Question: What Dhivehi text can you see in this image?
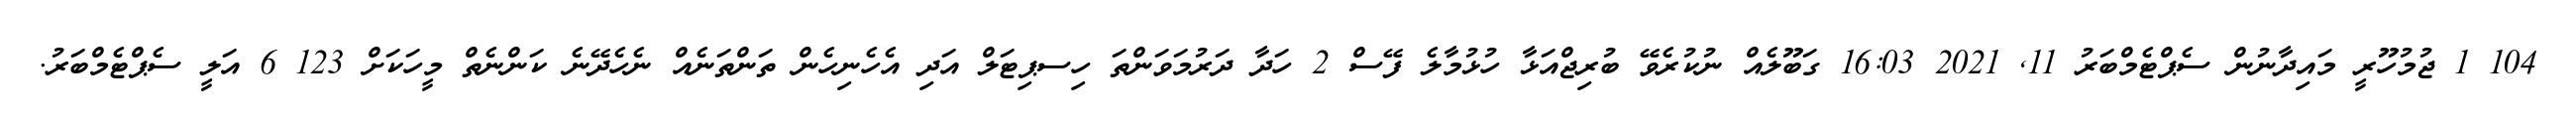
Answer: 104 1 ޖުމުހޫރީ މައިދާނުން ސެޕްޓެމްބަރު 11, 2021 16:03 ގަބޫލެއް ނުކުރެވޭ ބުރިޖްއަޅާ ހުޅުމާލެ ފޭސް 2 ހަދާ ދަރުމަވަންތަ ހިސޕިޓަލް އަދި އެހެނިހެން ތަންތަނެއް ނެހެދޭނެ ކަންނެތް މީހަކަށް 123 6 އަލީ ސެޕްޓެމްބަރު.